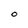
Character: O